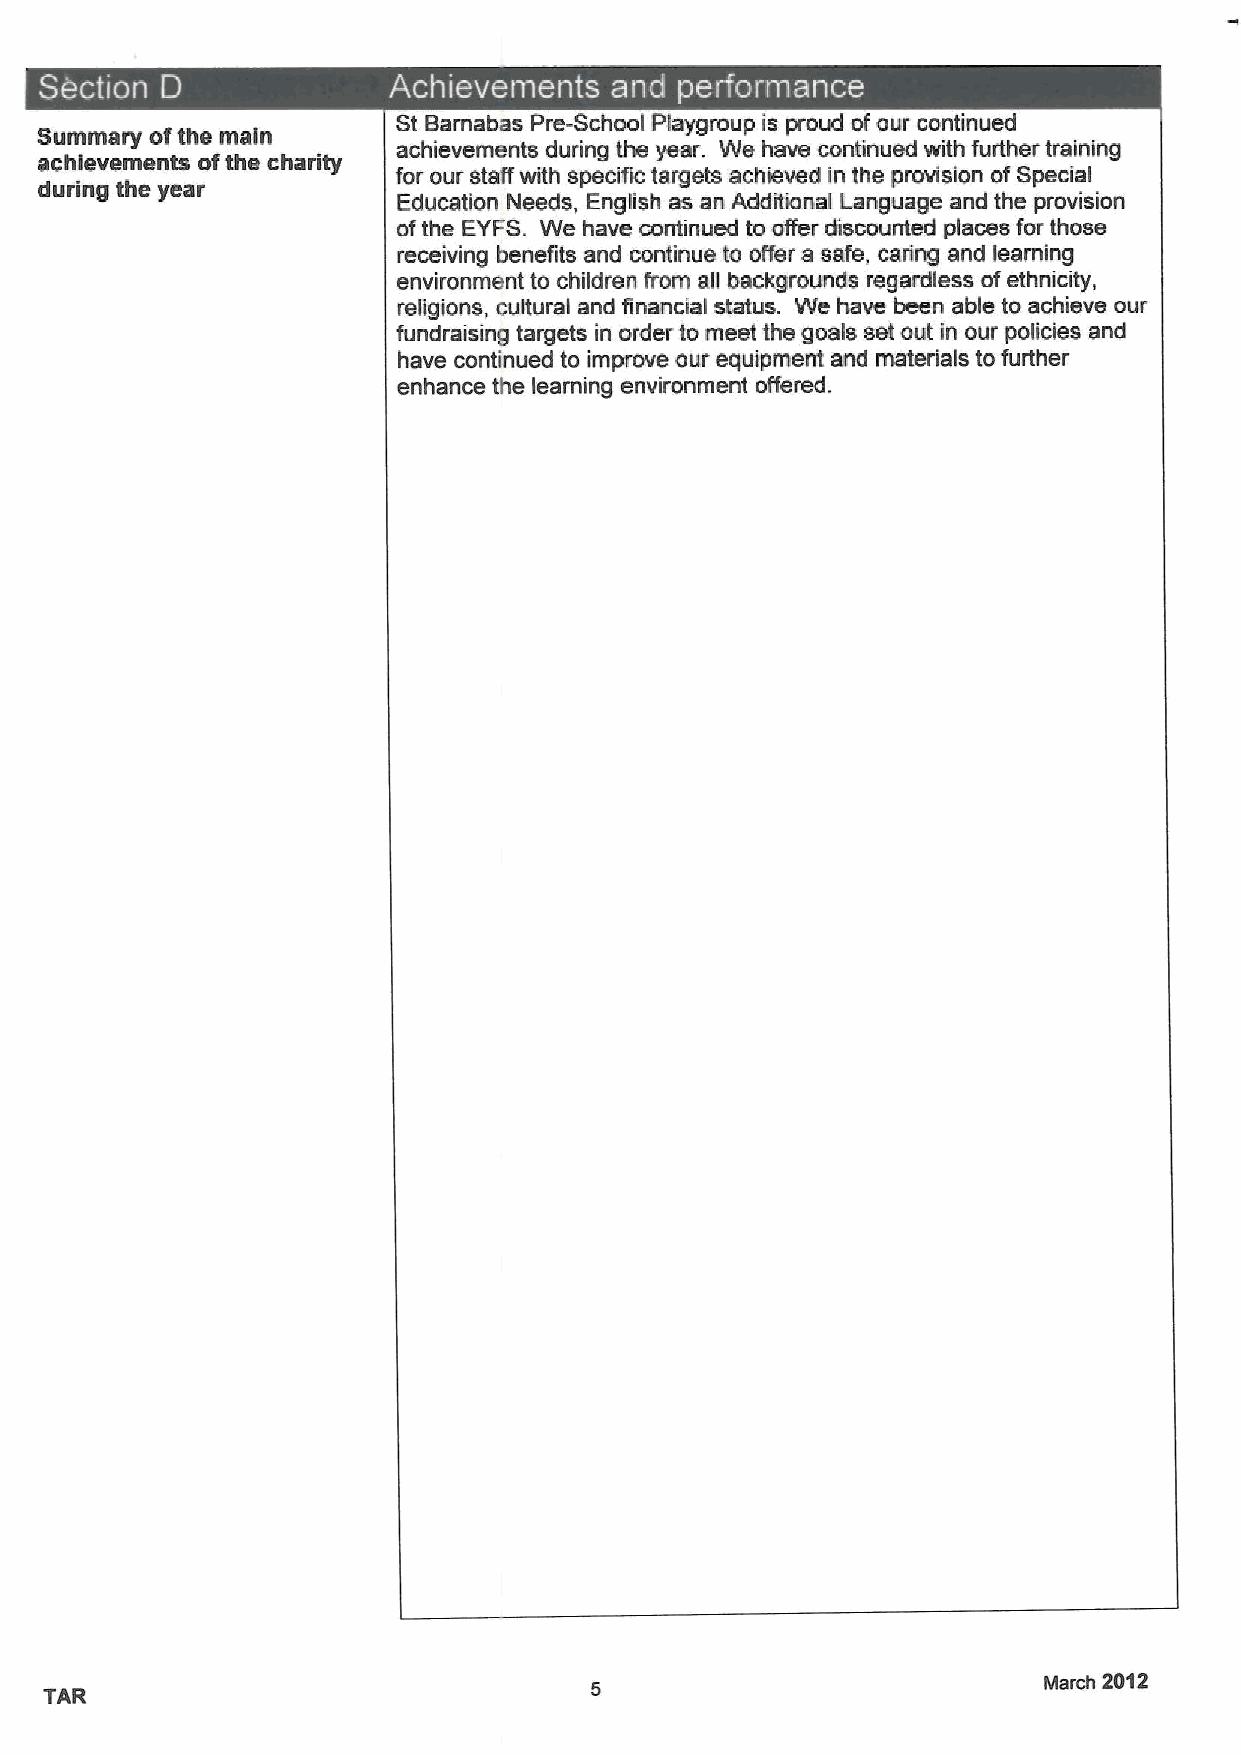
~  ~
 St Bamabas Pre-School Playgroup is proud ofour continued
 Summary ofthe main
 achievements during the year. We have continued with further training
 achievements ofthe charity
 for our staff with specific targets achieved in the provision ofSpecial
 during the year         Education N~s, English as an Additional Language and the provision
 ofthe EYFS. We have continued to offer discounted places for those
 receiving benefits and continue to offer a safe, caring and ieaming
 environment to children from all backgrounds regardless ofethnicity,
 religions, cultural and financial status. We have been able to achieve our
 fundraising targets in order to meet the goals set out in our policies and
 have continued to improve our equipment and materials to further
 enhance the    environment offered.
 learning
 Manh 2012
 TAR